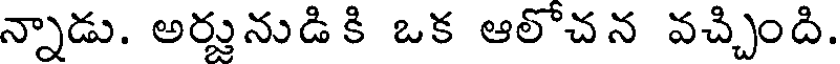
న్నాడు. అర్హునుడి కి ఒక ఆలొచన వచ్చింది.